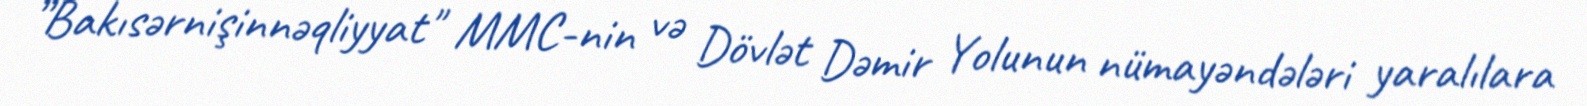
”Bakısərnişinnəqliyyat" MMC-nin və Dövlət Dəmir Yolunun nümayəndələri yaralılara